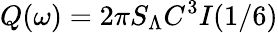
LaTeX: Q(\omega)=2\pi S_{\Lambda}C^{3}I(1/6)